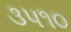
૩૫૧૦